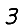
Digit: 3